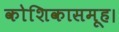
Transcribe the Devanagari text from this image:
कोशिकासमूह।